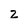
Character: z